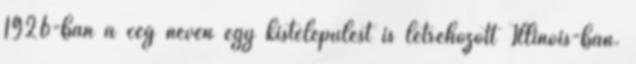
1926-ban a cég nevén egy kistelepülést is létrehozott Illinois-ban.